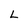
Character: L